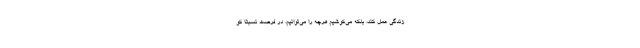
زندگی عمل کند، بلکه می‌کوشیم هرچه را می‌توانیم، در فرصت نسبتاً کو